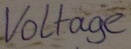
Text: Voltage